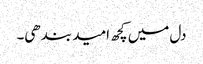
دل میں کچھ امید بندھی۔